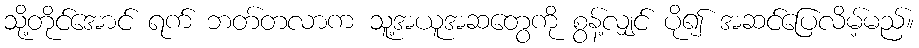
သို့တိုင်အောင် ရက် ဘတ်တလာက သူ့အယူအဆတွေကို စွန့်လျှင် ပို၍ အဆင်ပြေလိမ့်မည်။